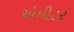
એમીટર